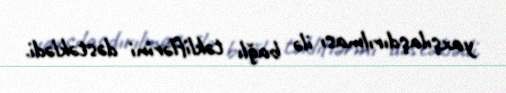
yaxşılaşdırılması ilə bağlı təkliflərini dəstəklədi.